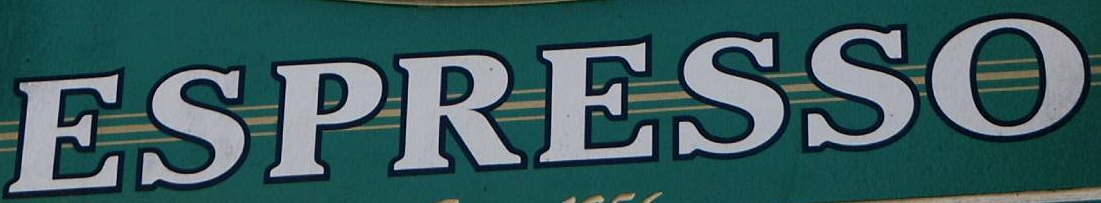
ESPRESSO